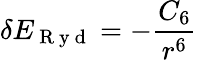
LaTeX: \delta E_{\mathrm{~R~y~d~}}=-\frac{C_{6}}{r^{6}}